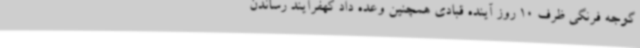
گوجه فرنگی ظرف 10 روز آینده قبادی همچنین وعده داد کهفرآیند رساندن